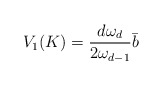
\begin{align*}V_1(K)=\frac{d \omega_d}{2\omega_{d-1}}\bar{b}\end{align*}